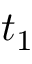
t _ { 1 }